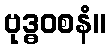
ဗုဒ္ဓဝစနံ။